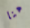
هنا